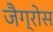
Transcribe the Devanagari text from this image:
जैग्रोस